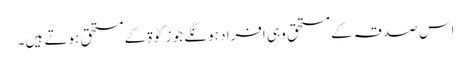
اس صدقہ کے مستحق وہی افراد ہونگے جو زکوٰۃ کے مستحق ہوتے ہیں۔